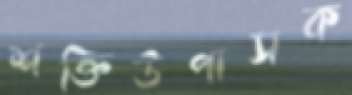
শক্তিউপাসক